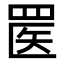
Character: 𬙟